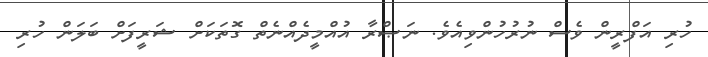
ހުރި އަފްރީން ވެސް ނުރުހުންވިއެވެ. ނަޞްރާ އުއްމީދެއްނެތް ގޮތަކަށް ޝަރީފަށް ބަލަން ހުރި